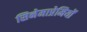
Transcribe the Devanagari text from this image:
सिनेमाप्रेमियों